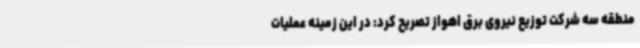
منطقه سه شرکت توزیع نیروی برق اهواز تصریح کرد: در این زمینه عملیات